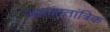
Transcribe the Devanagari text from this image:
अप्रजातांत्रिक